Statistical return of the lunatic asylum in Assam - 1912-1932
Year: 1912
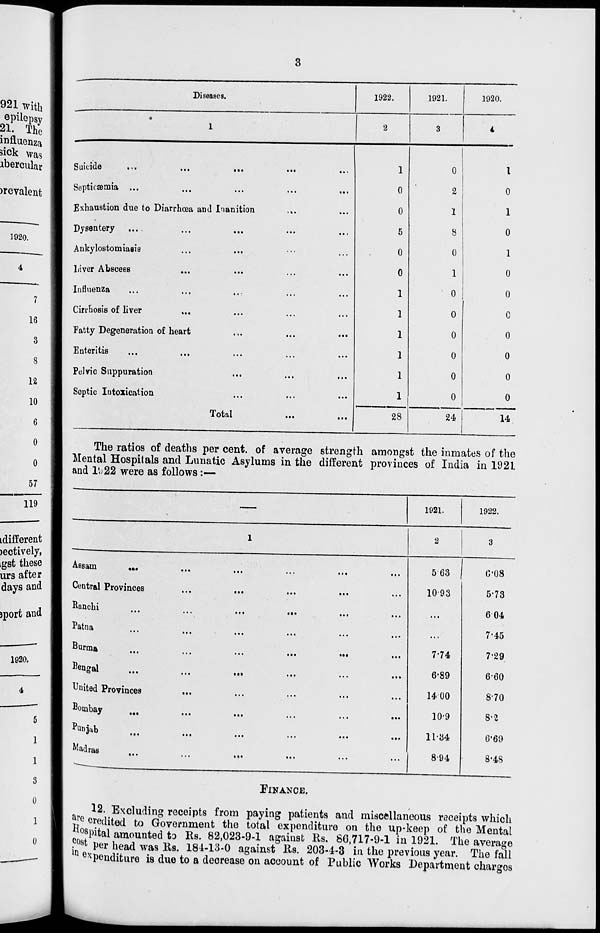
Diseases.
1922.
1921.
1920.
Suicide
•<.
...
••.
Septicaemia ...
Exhaustion due to Diarrhoea and Inanition
Dysentery ...
...
...
Ankylostomiasis
Liver Abscees
Influenza
Cirrhosis of liver
Fatty Degeneration of heart
Enteritis
Pelvic Suppuration
Septic Intoxication
Total
1
0
0
5
0
0
1
1
1
1
1
1
28
0
2
1
8
0
1
0
0
0
0
0
0
I
0
1
0
1
0
0
0
0
0
0
0
24
14
The ratios of deaths per cent, of average strength amongst the inmates of the
Mental Hospitals and Lunatic Asylums in the different provinces of India in 192L
and Ik 22 were as follows :—
-
1921.
1922.
1
2
3
Assam
...
...
...
...
...
563 j
C-08
Ceutral Provinces
...
...
...
...
...
10-93
5-73
Ranchi
...
...
•*.
...
...
...
604
Patna
...
...
...
...
...
...
7-45
Burma
...
...
...
...
...
774
7-29
Bengal
• ..
...
...
...
6*89
6-60
United Provinces
Bombay
Punjab
Madras
1400
10'9
11-34
8-94
8-70
8-2
6'61)
8-48
FINANCE.
12. Excluding receipts from paying patients and miscellaneous receipts which
^e credited to Government the total expenditure on the up-keep of the Mental
hospital amounted to Rs. 82,023-9-1 against Ks. 66,717-9-1 in 1921. The average
cost per head was Rs. 181-13-0 against Rs. 203-4-3 in the previous year. The fall
n ex penditure is due to a decrease on account of Public Works Department charges